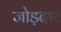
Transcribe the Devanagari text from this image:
जोड़दार